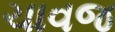
ચાવજ